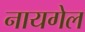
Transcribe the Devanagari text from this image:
नायगेल